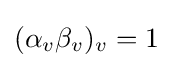
(\alpha _{v}\beta _{v})_{v}=1